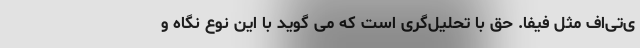
ی‌تی‌اف مثل فیفا. حق با تحلیل‌گری است که می گوید با این نوع نگاه و